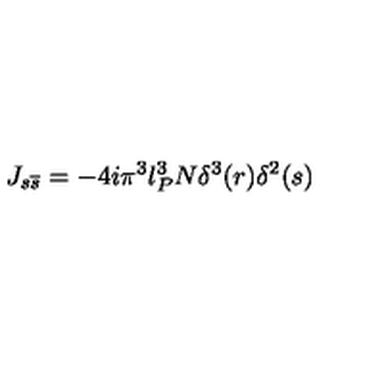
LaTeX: J _ { s \overline { { s } } } = - 4 i \pi ^ { 3 } l _ { P } ^ { 3 } N \delta ^ { 3 } ( r ) \delta ^ { 2 } ( s )